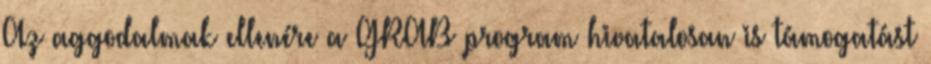
Az aggodalmak ellenére a GRAB program hivatalosan is támogatást